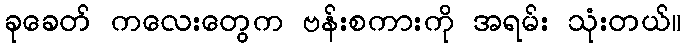
ခုခေတ် ကလေးတွေက ဗန်းစကားကို အရမ်း သုံးတယ်။